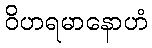
ဝိဟရမာနောဟံ